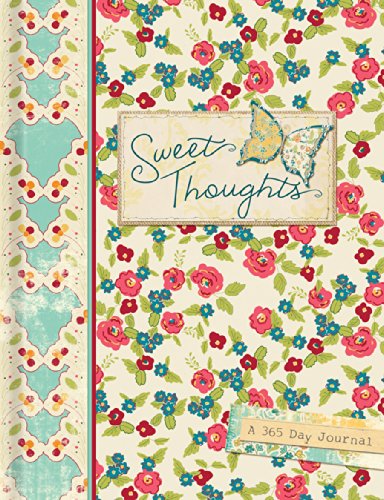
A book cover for Sweet Thoughts (Signature Journals); Ellie Claire; Self-Help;